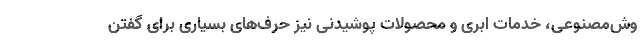
وش‌مصنوعی، خدمات ابری و محصولات پوشیدنی نیز حرف‌های بسیاری برای گفتن